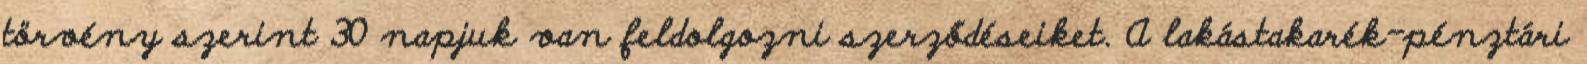
törvény szerint 30 napjuk van feldolgozni szerződéseiket. A lakástakarék-pénztári